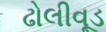
ઢોલીવૂડ